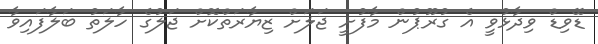
ޑޭވިޑް ވިދާޅުވީ އެ ގުރޫޕުން މާފުށީ ޖަލަށް ޒިޔާރަތްކޮށް ޖަލުގެ ހާލަތު ބަލާފައިވާ